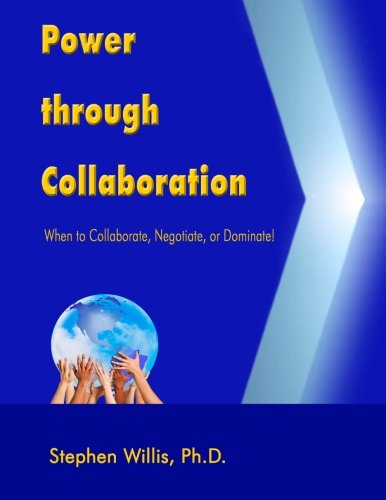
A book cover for Power through Collaboration: When to Collaborate, Negotiate, or Dominate; Stephen Willis Ph.D.; Business & Money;